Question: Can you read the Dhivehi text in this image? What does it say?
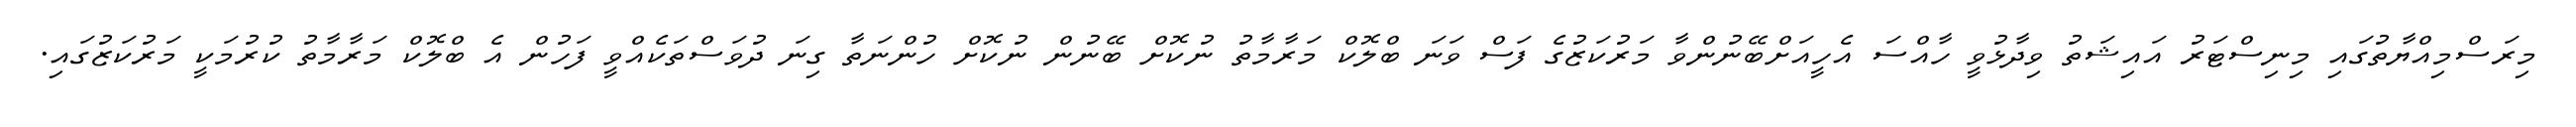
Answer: މިރަސްމިއްޔާތުގައި މިނިސްޓަރު އައިޝަތު ވިދާޅުވީ ހާއްސަ އެހީއަށްބޭނުންވާ މަރުކަޒުގެ ފަސް ވަނަ ބްލޮކް މަރާމާތު ނުކޮށް ބޭނުން ނުކޮށް ހުންނަތާ ގިނަ ދުވަސްތަކެއްވީ ފަހުން އެ ބްލޮކް މަރާމާތު ކުރުމަކީ މަރުކަޒުގައި.